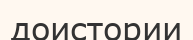
доистории